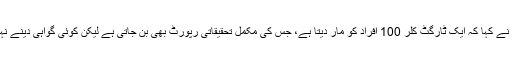
انھوں نے کہا کہ ایک ٹارگٹ کلر 100 افراد کو مار دیتا ہے، جس کی مکمل تحقیقاتی رپورٹ بھی بن جاتی ہے لیکن کوئی گواہی دینے نہیں آتا۔